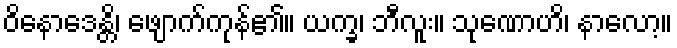
ဝိနောဒေန္တိ၊ ဖျောက်ကုန်၏။ ယက္ခ၊ ဘီလူး။ သုဏောဟိ၊ နာလော့။